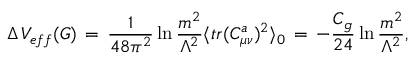
\Delta \, V _ { e f f } ( G ) \, = \, \frac { 1 } { 4 8 \pi ^ { 2 } } \ln \frac { m ^ { 2 } } { \Lambda ^ { 2 } } \langle t r ( C _ { \mu \nu } ^ { a } ) ^ { 2 } \rangle _ { 0 } \, = \, - \frac { C _ { g } } { 2 4 } \ln \frac { m ^ { 2 } } { \Lambda ^ { 2 } } ,